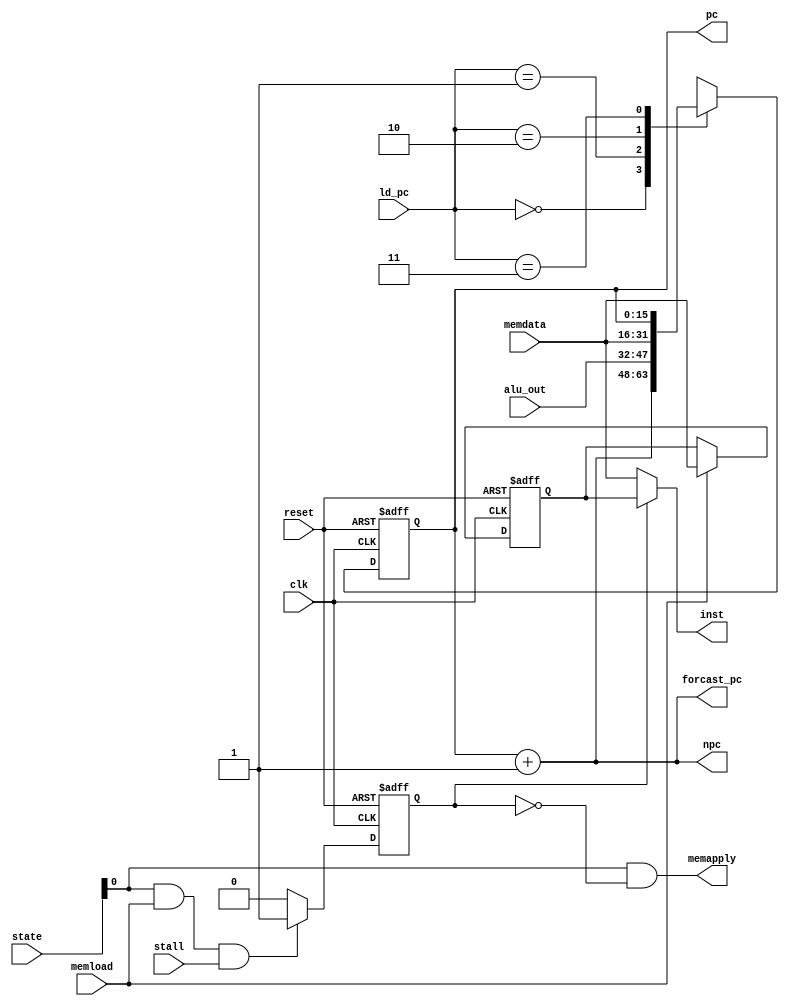
module lc3_pipeline_stage0(
	input			reset,
	input			clk,
	input			stall,
	input		[5:0]	state,
	input		[15:0]	memdata,
	input			memload,
	output			memapply,
	input		[1:0]	ld_pc,
	input		[15:0]	alu_out,
	output		[15:0]	forcast_pc,
	output	reg	[15:0]	pc,
	output		[15:0]	npc,
	output		[15:0]	inst
);
	reg			finished;
	reg			finished_next;
	reg		[15:0]	pc_next;
	reg		[15:0]	inst_tmp;
	assign			inst=(finished?inst_tmp:memdata);
	assign			npc=pc+1;
	always@(negedge clk or posedge reset)	begin
		if(reset)	begin
			inst_tmp<=16'b0;
			pc<=16'h0060;
			finished<=0;
		end else begin
			finished <= finished_next; 
			if(memload)
				inst_tmp<=memdata;
			pc <= pc_next;
		end
	end
	assign	memapply=state[0] & ~finished;
	always@(*)	begin
		case(ld_pc)	
			2'b00:
			begin
				pc_next = forcast_pc;
			end
			2'b01:
			begin
				pc_next = alu_out;
			end
			2'b10:
			begin
				pc_next = memdata;
			end
			2'b11:
			begin
				pc_next = pc;
			end
		endcase
	end
	always@(*)	begin
		if(state[0] & memload &stall)
			finished_next=1;
		else
			finished_next=0;
	end
	assign			forcast_pc=pc+1;
endmodule